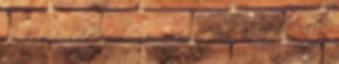
Bátorkőn kelt levele. 1364. június 29. – Konth Miklós